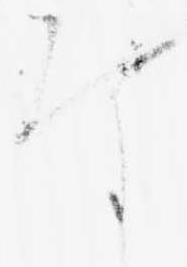
な